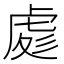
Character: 𧆵